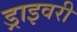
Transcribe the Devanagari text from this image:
ड्राइवरी